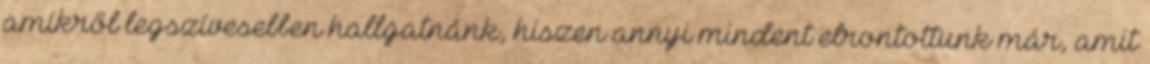
amikről legszívesebben hallgatnánk, hiszen annyi mindent elrontottunk már, amit